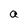
Character: a